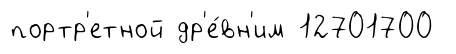
портр'етной др'е́вн'им 12701700